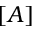
[ A ]